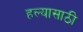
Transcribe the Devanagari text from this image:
हल्यासाठी